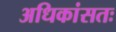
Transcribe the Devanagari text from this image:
अधिकांसतः